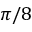
\pi / 8